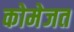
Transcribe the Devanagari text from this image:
कोमेजत